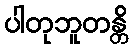
ပါတုဘူတန္တိ